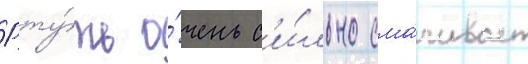
Рту́ть о́чень с'и́льно сма́чивает